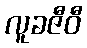
လူခဇီဝီ